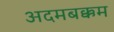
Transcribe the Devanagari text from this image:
अदमबक्कम